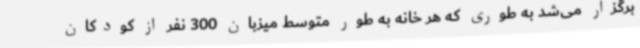
برگزار می‌شد به طوری که هر خانه به طور متوسط میزبان 300 نفر از کودکان